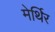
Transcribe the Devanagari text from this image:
मेर्थिर